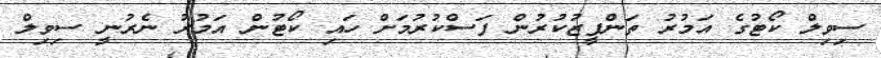
ސިވިލް ކޯޓުގެ އަމުރު ތަންފީޒުކުރުން ފަސްކުރުމަށް ހައި ކޯޓުން އަމުރު ނެރުނީ ސިވިލް